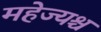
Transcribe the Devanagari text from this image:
महेज्यश्च